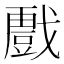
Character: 𭟾